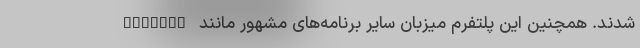
Gallery شدند. همچنین این پلتفرم میزبان سایر برنامه‌های مشهور مانند